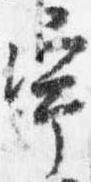
宇